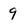
Character: 9